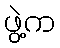
ဖွဲ့က